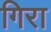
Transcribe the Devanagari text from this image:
गिरा